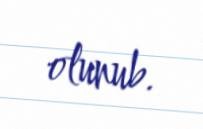
olunub.